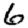
Digit: 6